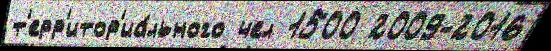
т'ерр'итор'иа́льного чел 1500 2009-2016